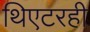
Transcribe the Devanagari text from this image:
थिएटरही